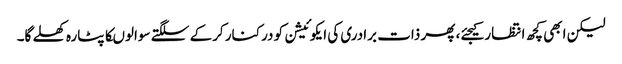
لیکن ابھی کچھ انتظار کیجئے، پھر ذات برادری کی ایکوئیشن کو درکنار کرکے سلگتے سوالوںکا پٹارہ کھلے گا۔